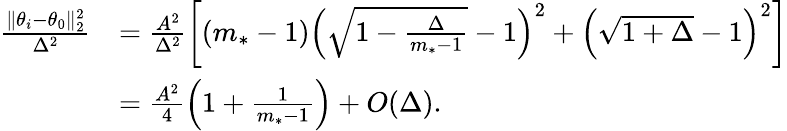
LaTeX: \begin{array}{rl}{\frac{\| \theta_{i}-\theta_{0}\| _{2}^{2}}{\Delta^{2}}}&{=\frac{A^{2}}{\Delta^{2}}\bigg[(m_{*}-1)\Big(\sqrt{1-\frac{\Delta}{m_{*}-1}}-1\Big)^{2}+\Big(\sqrt{1+\Delta}-1\Big)^{2}\bigg]}\\ &{=\frac{A^{2}}{4}\Big(1+\frac{1}{m_{*}-1}\Big)+O(\Delta).}\end{array}